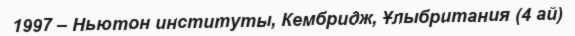
1997 – Ньютон институты, Кембридж, Ұлыбритания (4 ай)